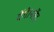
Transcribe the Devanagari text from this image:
देंगे।नरेंद्र